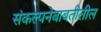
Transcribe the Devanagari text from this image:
संकल्पनेबाबतीतील